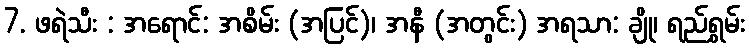
7. ဖရဲသီး : အရောင်: အစိမ်း (အပြင်)၊ အနီ (အတွင်း) အရသာ: ချို၊ ရည်ရွှမ်း